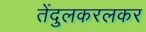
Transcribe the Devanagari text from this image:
तेंदुलकरलकर